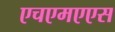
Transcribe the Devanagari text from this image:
एचएमएएस